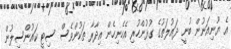
އެ ޔޫނިއަނުން ބުނީ ދައުލަތުގެ ގުޅުންހުރި އެހެނިހެން އިދާރާ ތަކުންވެސް ސިޓީ ކައުންސިލުން